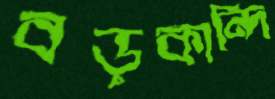
বড়কান্দি